38_143685_box7_Incident_Summaries_1-100
Agency: Department of War
Page 136
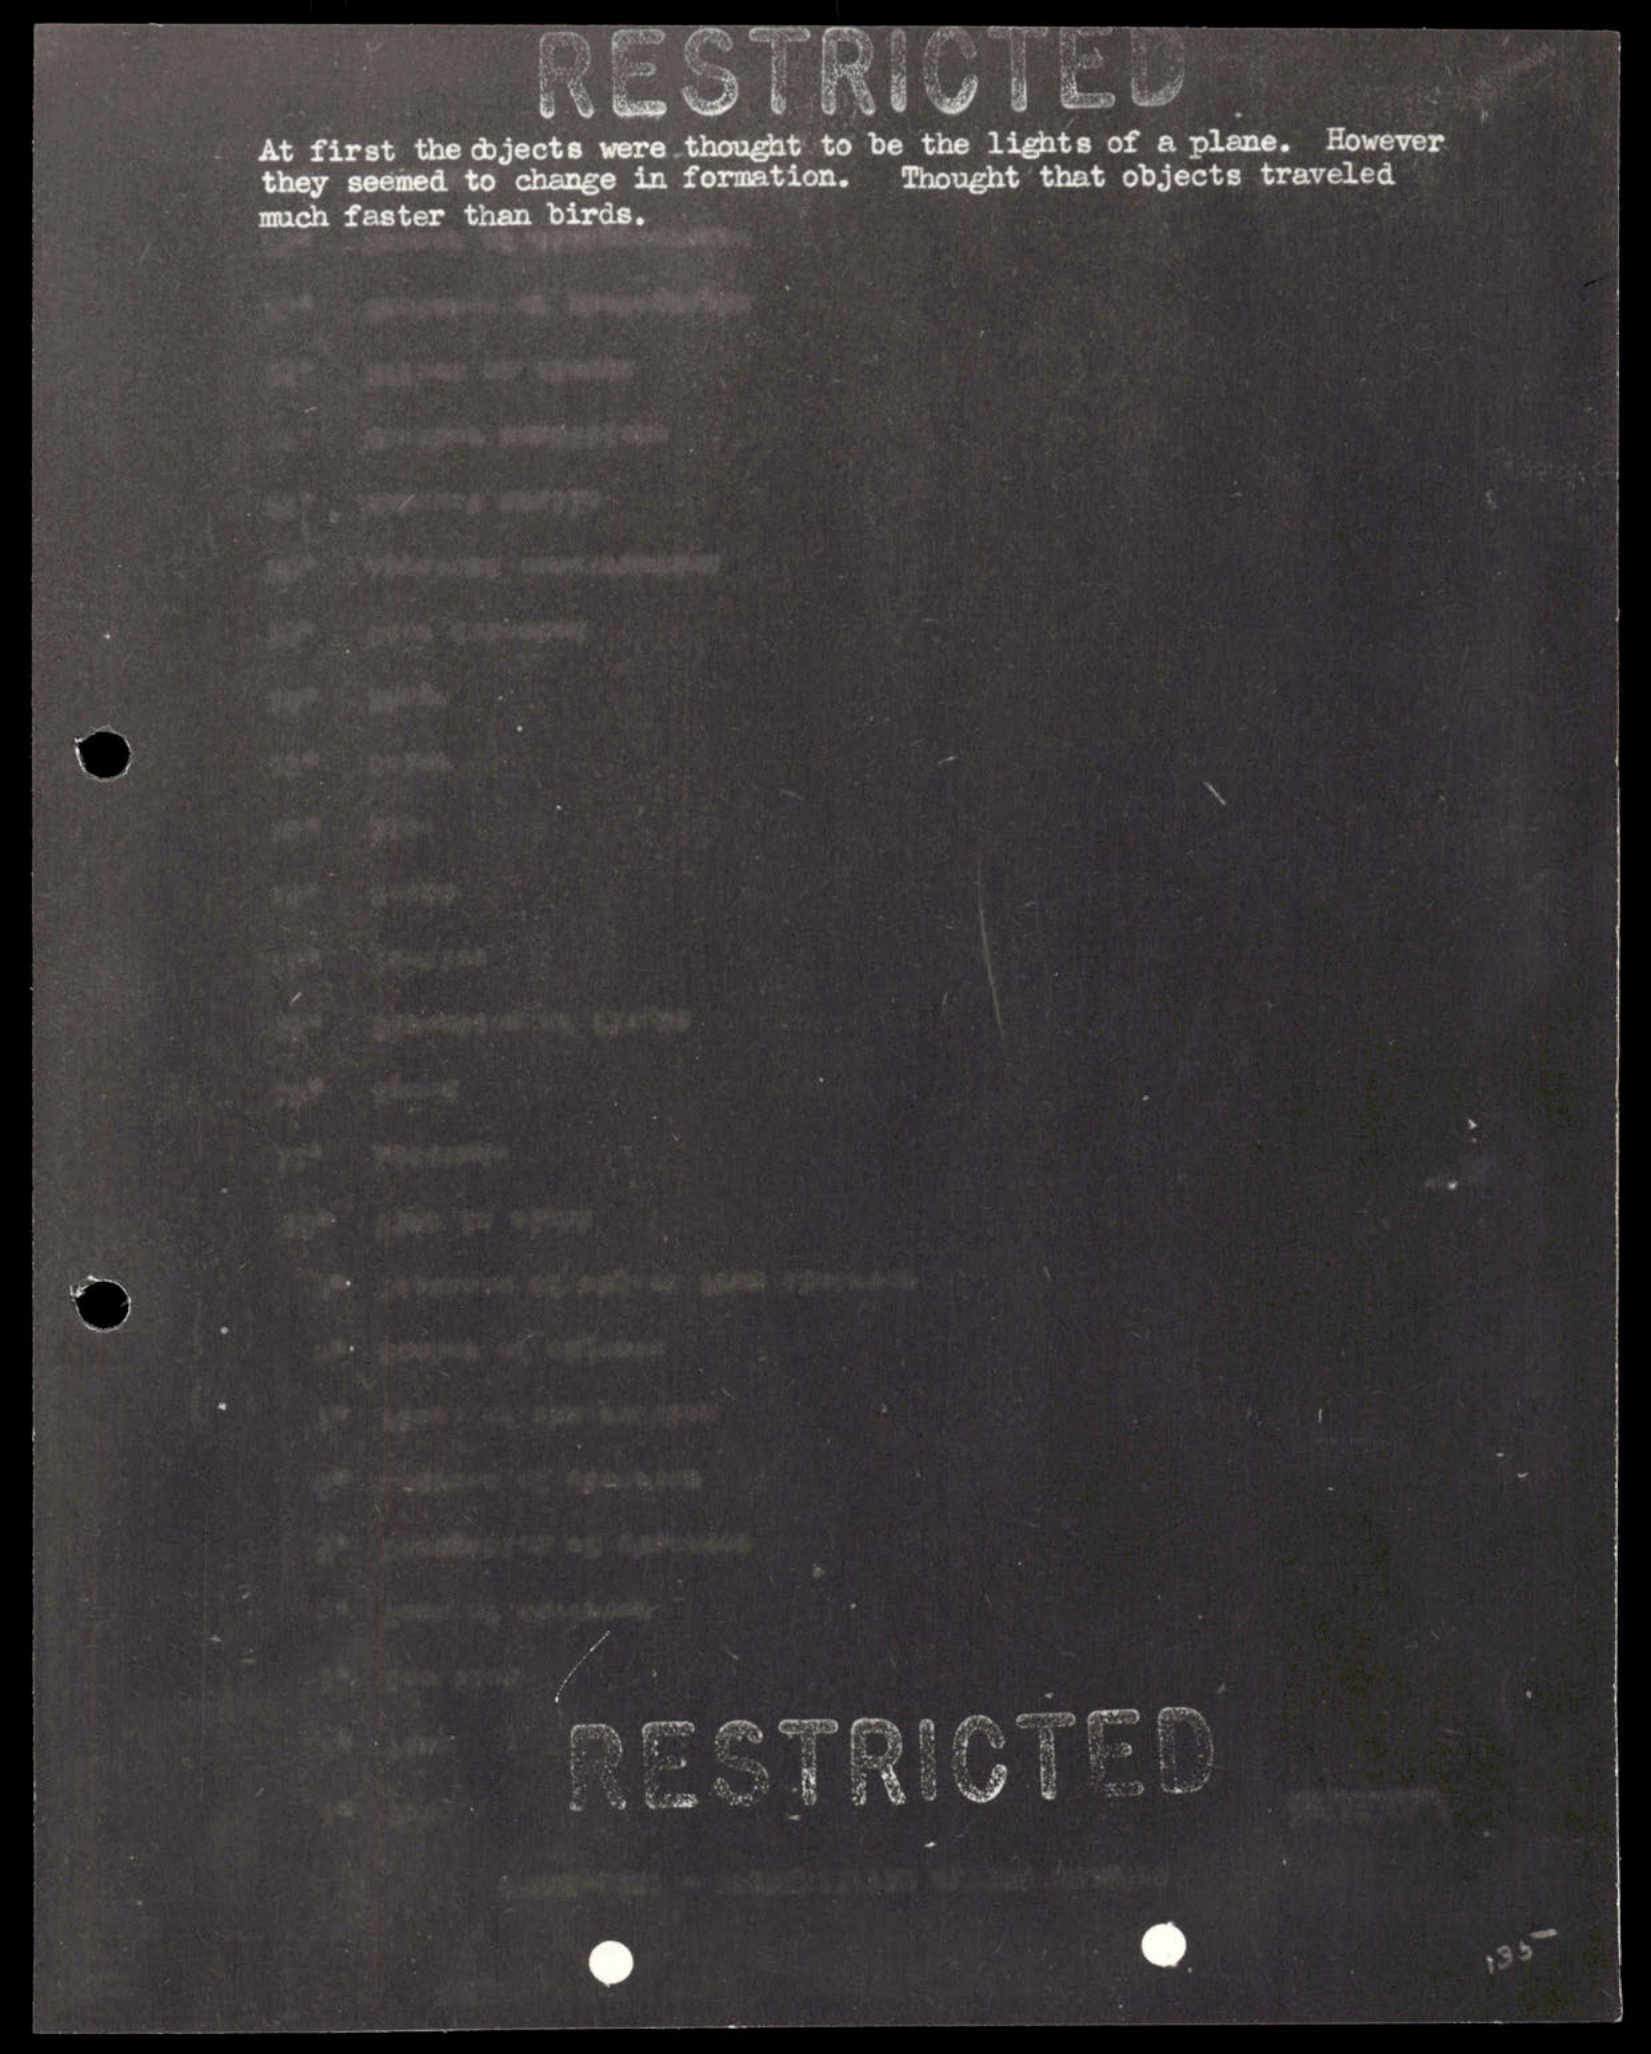